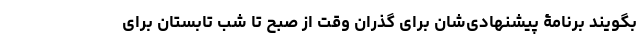
بگویند برنامۀ پیشنهادی‌شان برای گذران وقت از صبح تا شب تابستان برای